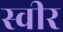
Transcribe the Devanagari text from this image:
स्वीर